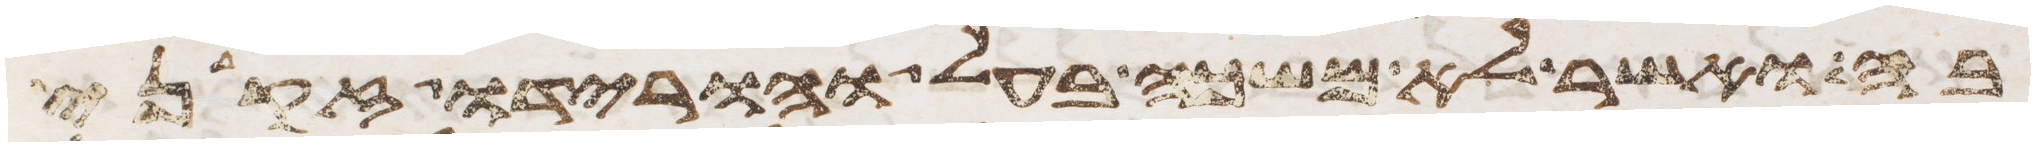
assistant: בה ואשר לא משכה בעל והורידו זקני